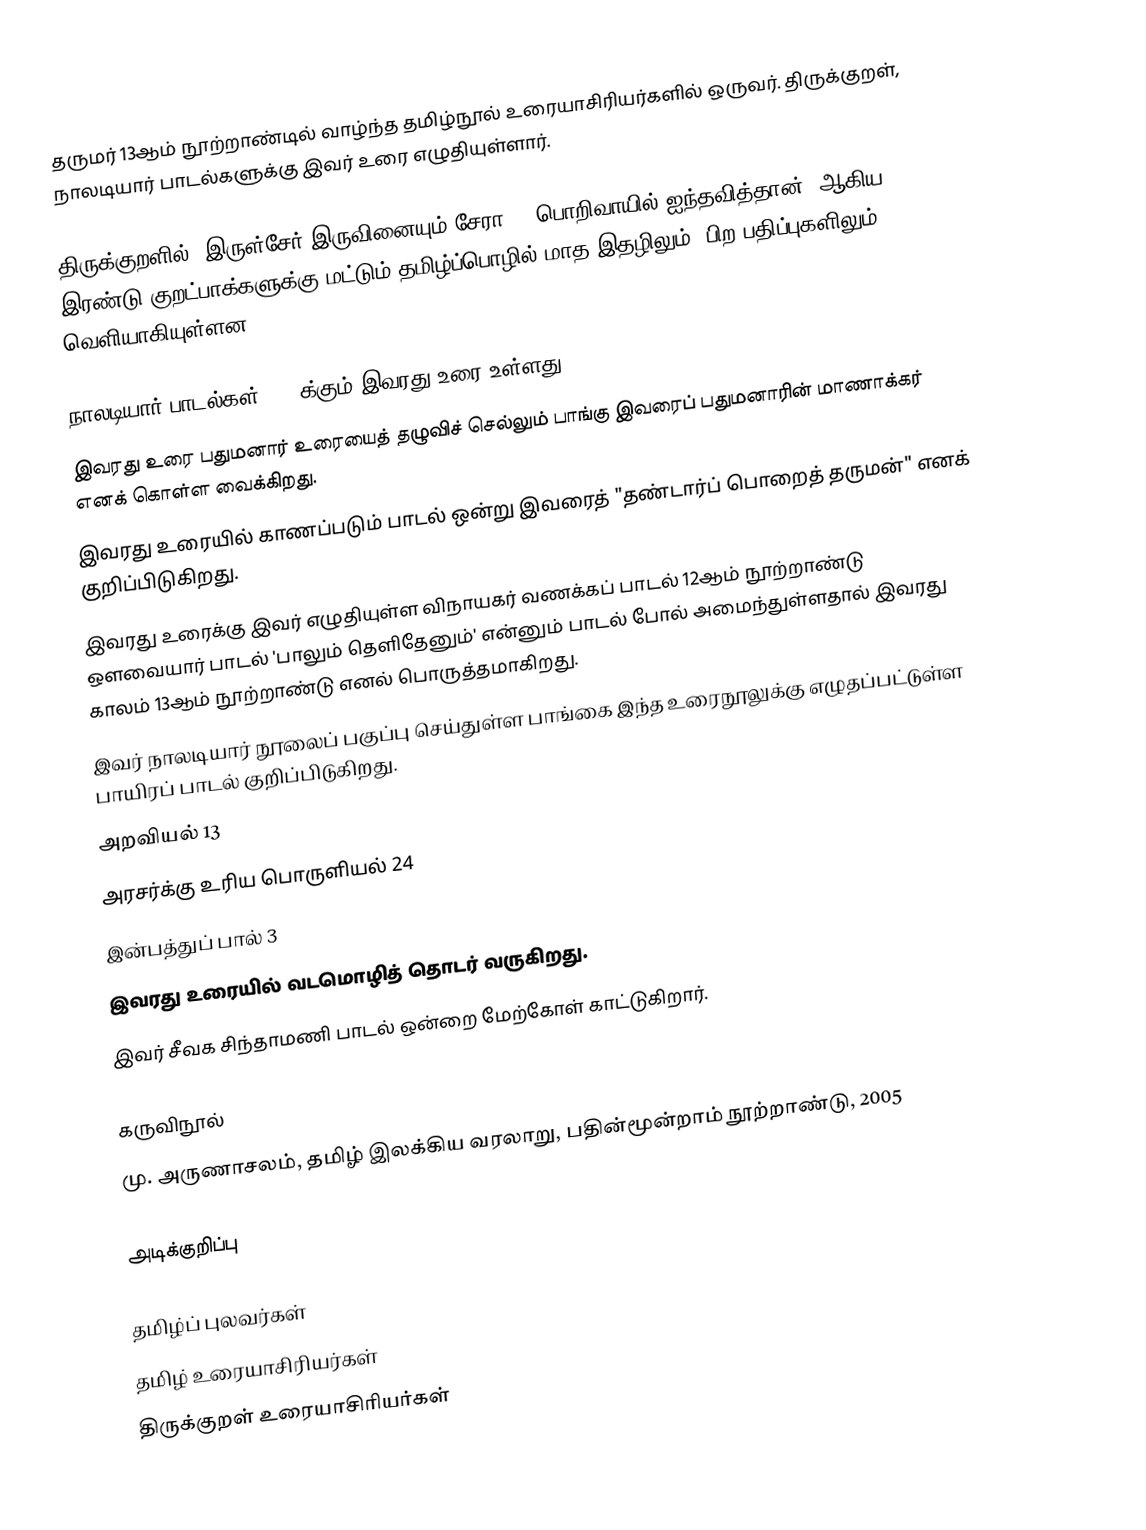
தருமர் 13ஆம் நூற்றாண்டில் வாழ்ந்த தமிழ்நூல் உரையாசிரியர்களில் ஒருவர். திருக்குறள், நாலடியார் பாடல்களுக்கு இவர் உரை எழுதியுள்ளார்.

திருக்குறளில் “இருள்சேர் இருவினையும் சேரா”, “பொறிவாயில் ஐந்தவித்தான்” ஆகிய இரண்டு குறட்பாக்களுக்கு மட்டும் தமிழ்ப்பொழில் மாத இதழிலும், பிற பதிப்புகளிலும் வெளியாகியுள்ளன.

நாலடியார் பாடல்கள் 400-க்கும் இவரது உரை உள்ளது.
இவரது உரை பதுமனார் உரையைத் தழுவிச் செல்லும் பாங்கு இவரைப் பதுமனாரின் மாணாக்கர் எனக் கொள்ள வைக்கிறது.
இவரது உரையில் காணப்படும் பாடல் ஒன்று இவரைத் "தண்டார்ப் பொறைத் தருமன்" எனக் குறிப்பிடுகிறது.
இவரது உரைக்கு இவர் எழுதியுள்ள விநாயகர் வணக்கப் பாடல் 12ஆம் நூற்றாண்டு ஔவையார் பாடல் 'பாலும் தெளிதேனும்' என்னும் பாடல் போல் அமைந்துள்ளதால் இவரது காலம் 13ஆம் நூற்றாண்டு எனல் பொருத்தமாகிறது.
இவர் நாலடியார் நூலைப் பகுப்பு செய்துள்ள பாங்கை இந்த உரைநூலுக்கு எழுதப்பட்டுள்ள பாயிரப் பாடல் குறிப்பிடுகிறது.
அறவியல் 13
அரசர்க்கு உரிய பொருளியல் 24
இன்பத்துப் பால் 3
இவரது உரையில் வடமொழித் தொடர் வருகிறது.
இவர் சீவக சிந்தாமணி பாடல் ஒன்றை மேற்கோள் காட்டுகிறார்.

கருவிநூல்
மு. அருணாசலம், தமிழ் இலக்கிய வரலாறு, பதின்மூன்றாம் நூற்றாண்டு, 2005

அடிக்குறிப்பு

தமிழ்ப் புலவர்கள்
தமிழ் உரையாசிரியர்கள்
திருக்குறள் உரையாசிரியர்கள்